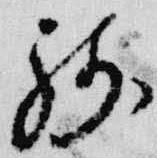
残